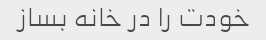
خودت را در خانه بساز